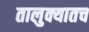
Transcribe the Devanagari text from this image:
तालुक्यातच